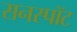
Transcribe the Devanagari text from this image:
सनस्पॉट